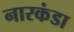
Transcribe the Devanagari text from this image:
नारकंडा